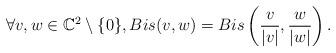
LaTeX: \begin{align*}\forall v,w \in \mathbb{C}^2\setminus\{0\},Bis(v,w)=Bis\left(\frac{v}{\lvert v \rvert },\frac{w}{\lvert w \rvert } \right).\end{align*}